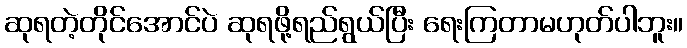
ဆုရတဲ့တိုင်အောင်ပဲ ဆုရဖို့ရည်ရွယ်ပြီး ရေးကြတာမဟုတ်ပါဘူး။